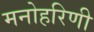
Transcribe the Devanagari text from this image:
मनोहरिणी